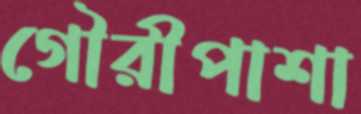
গৌরীপাশা